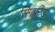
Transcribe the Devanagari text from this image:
सिगफ्रीड